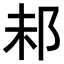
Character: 𨚘